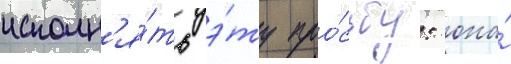
исполн'я́ть э́ту про́сьбу: она́